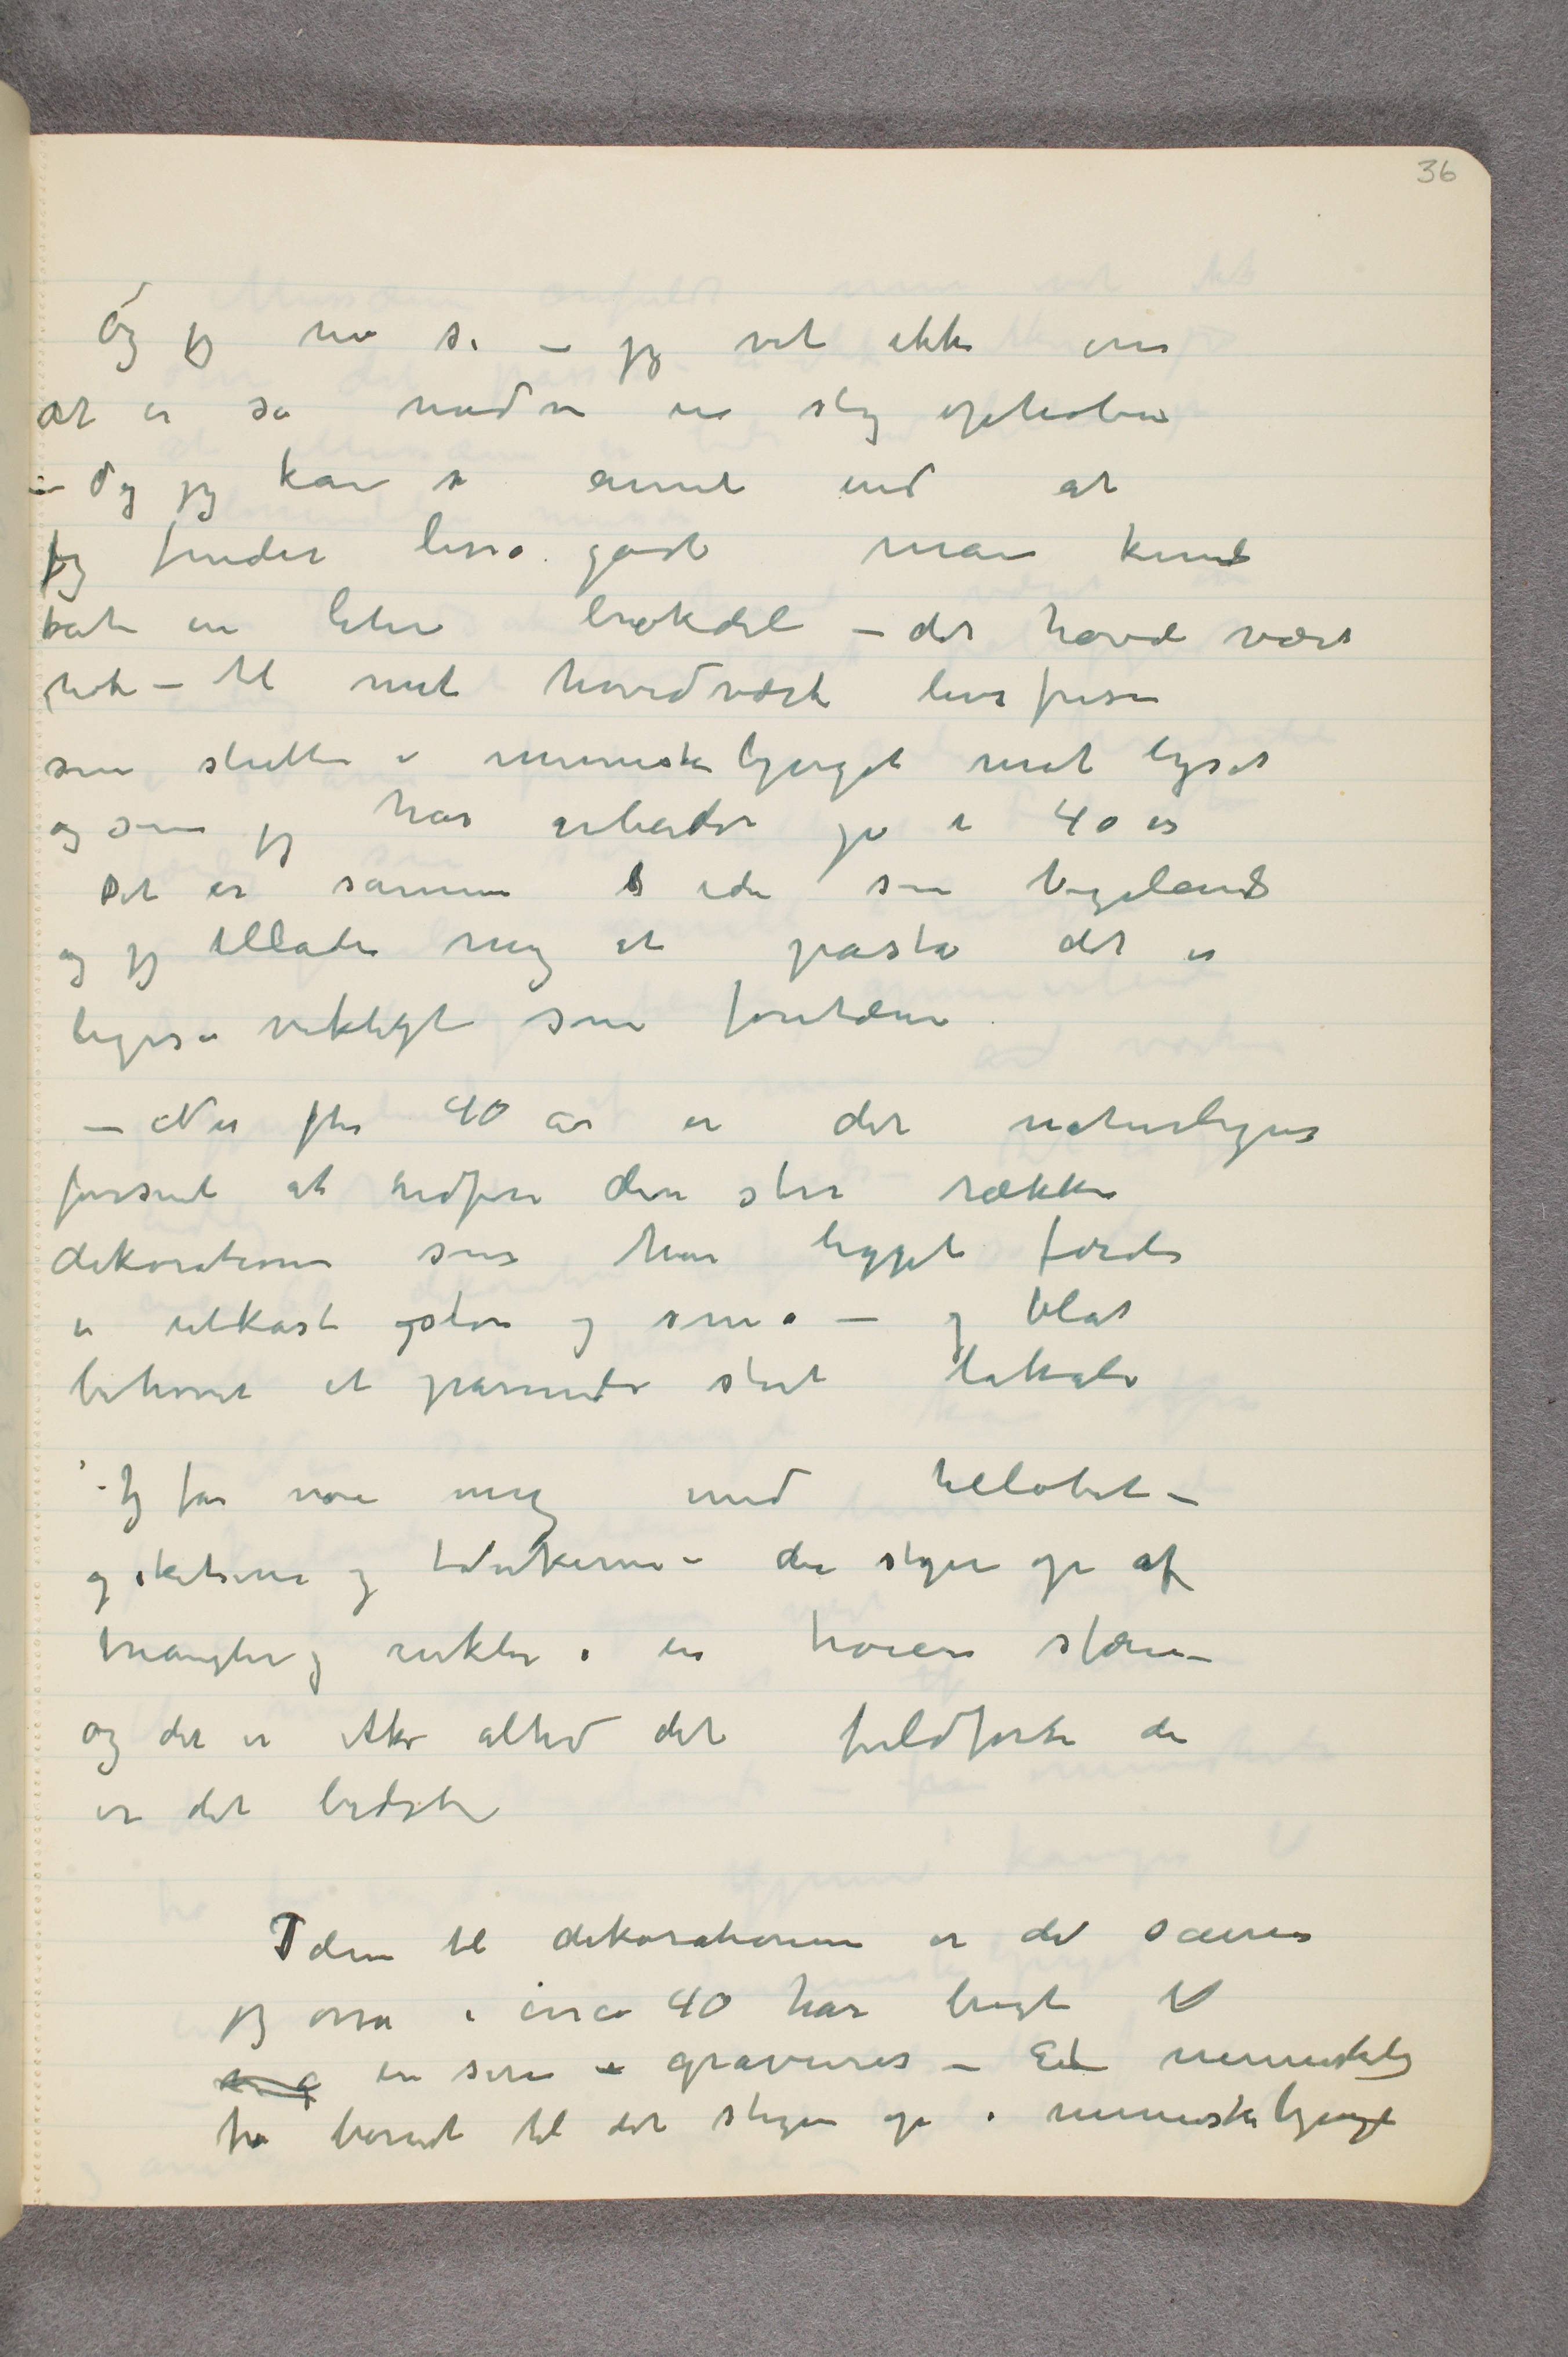
Og jeg må si – jeg vet ikke om
alt er så  …  en slig ophoben
– Og jeg kan si annet end at
jeg finder lisså godt man kunde
bruke en liten brøkdel – det havde været
nok – til mit hovedværk livsfrisen
som slutter i menneskebjerget mot lyset
og som jeg har arbeidet på i 40 år
Det er samme  …  ide som Vigelands
og jeg tillader mig at påstå det er
ligeså viktigt som fontænen
Nu efter 40 år er det naturligvis
forsent at udføre disse store rækker
dekorationer som har ligget færdi
i utkast ogstore og små – og blot
behøvet et passende stort lokale
Jeg får nøie mig med tilløbet –
og skitserne og  … kerne – der stiger op af
triangler og sirkler i en høiere sfære –
og det er ikke altid det fuldførte der
er det bedste
Ideen til dekorationerne er det samme
jeg osså i circa 40 har brugt til  
…  en serie  …  gravurer – Et mennesketog
fra  …  til det stiger op i menneskebjerget